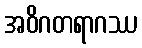
အဝိဂတရာဂဿ